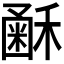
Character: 𥡰